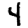
Digit: 4